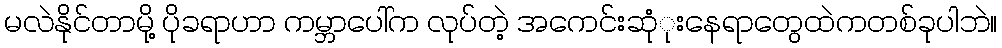
မလဲနိုုင်တာမိုု့ ပိုုခရာဟာ ကမ္ဘာပေါ်က လုုပ်တဲ့ အကေင်းဆုံုးနေရာတွေထဲကတစ်ခုုပါဘဲ။